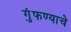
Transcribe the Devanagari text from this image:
गुंफण्याचे